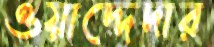
ওয়াদ্দেদার